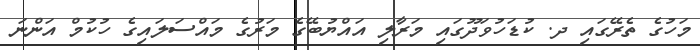
މަހުގެ ތެރޭގައި ދ. ކުޑަހުވަދޫގައި މަރާލި އައްޔުބޭގެ މަރުގެ މައްސަލައިގެ ހުކުމް އަންނަ